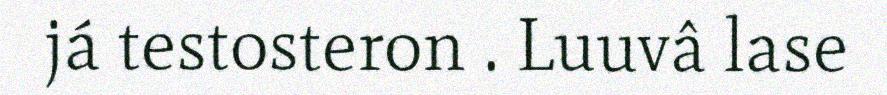
já testosteron . Luuvâ lase